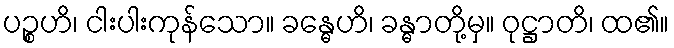
ပဉ္စဟိ၊ ငါးပါးကုန်သော။ ခန္ဓေဟိ၊ ခန္ဓာတို့မှ။ ဝုဋ္ဌာတိ၊ ထ၏။